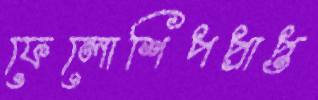
ফেলোশিপপ্রাপ্ত